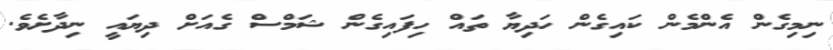
ނިމިގެން އެންމެން ކައިގެން ހަދިޔާ ތައް ހިފައިގެން ޝަމްސް ގެއަށް ދިޔައީ ނިދާށެވެ.